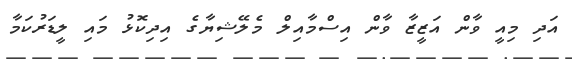
އަދި މިއީ ވާން އަޒީޒާ ވާން އިސްމާއިލް މެލޭޝިޔާގެ އިދިކޮޅު މައި ލީޑަރުކަމާ